Annual administration report of the Civil Veterinary Department of India - 1909-1910
Year: 1909
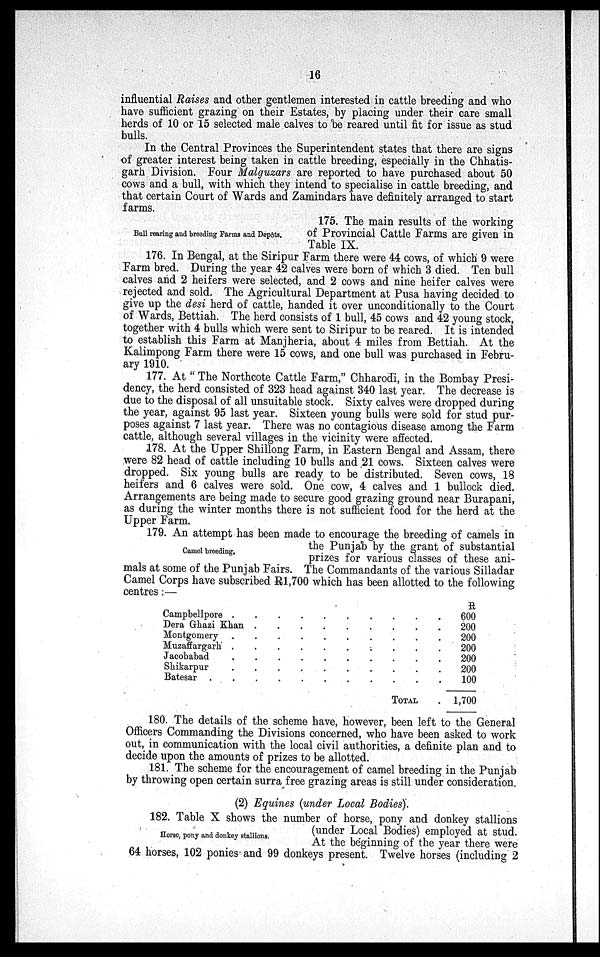
16
influential Raises and other gentlemen interested in cattle breeding and who
have sufficient grazing on their Estates, by placing under their care small
herds of 10 or 15 selected male calves to be reared until fit for issue as stud
bulls.
In the Central Provinces the Superintendent states that there are signs
of greater interest being taken in cattle breeding, especially in the Chhatis-
garh Division. Four Malguzars are reported to have purchased about 50
cows and a bull, with which they intend to specialise in cattle breeding, and
that certain Court of Wards and Zamindars have definitely arranged to start
farms.
Bull rearing and breeding Farms and Depôts,
175. The main results of the working
of Provincial Cattle Farms are given in
Table IX.
176. In Bengal, at the Siripur Farm there were 44 cows, of which 9 were
Farm bred. During the year 42 calves were born of which 3 died. Ten bull
calves and 2 heifers were selected, and 2 cows and nine heifer calves were
rejected and sold. The Agricultural Department at Pusa having decided to
give up the desi herd of cattle, handed it over unconditionally to the Court
of Wards, Bettiah. The herd consists of 1 bull, 45 cows and 42 young stock,
together with 4 bulls which were sent to Siripur to be reared. It is intended
to establish this Farm at Manjheria, about 4 miles from Bettiah. At the
Kalimpong Farm there were 15 cows, and one bull was purchased in Febru-
ary 1910.
177. At "The Northcote Cattle Farm," Chharodi, in the Bombay Presi-
dency, the herd consisted of 323 head against 340 last year. The decrease is
due to the disposal of all unsuitable stock. Sixty calves were dropped during
the year, against 95 last year. Sixteen young bulls were sold for stud pur-
poses against 7 last year. There was no contagious disease among the Farm
cattle, although several villages in the vicinity were affected.
178. At the Upper Shillong Farm, in Eastern Bengal and Assam, there
were 82 head of cattle including 10 bulls and 21 cows. Sixteen calves were
dropped. Six young bulls are ready to be distributed. Seven cows, 18
heifers and 6 calves were sold. One cow, 4 calves and 1 bullock died.
Arrangements are being made to secure good grazing ground near Burapani,
as during the winter months there is not sufficient food for the herd at the
Upper Farm.
179. An attempt has been made to encourage the breeding of camels in
the Punjab by the grant of substantial
prizes for various classes of these ani-
mals at some of the Punjab Fairs. The Commandants of the various Silladar
Camel Corps have subscribed R1,700 which has been allotted to the following
centres :—
Camel breeding.
Campbellpore . . . . . . . . . .
Dera Ghazi Khan . . . . . . . . . .
Montgomery . . . . . . . . . .
Muzaffargarh . . . . . . . . . .
Jacobabad . . . . . . . . . .
Shikarpur . . . . . . . . . .
Batesar . . . . . . . . . .
TOTAL .
R
600
200
200
200
200
200
100
1,700
180. The details of the scheme have, however, been left to the General
Officers Commanding the Divisions concerned, who have been asked to work
out, in communication with the local civil authorities, a definite plan and to
decide upon the amounts of prizes to be allotted.
181. The scheme for the encouragement of camel breeding in the Punjab
by throwing open certain surra free grazing areas is still under consideration.
(2) Equines (under Local Bodies).
182. Table X shows the number of horse, pony and donkey stallions
(under Local Bodies) employed at stud.
At the beginning of the year there were
64 horses, 102 ponies and 99 donkeys present. Twelve horses (including 2
Horse, pony and donkey stallions.